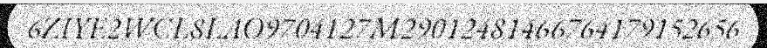
6ZIYE2WCL8LAO9704127M29012481466764179152656